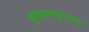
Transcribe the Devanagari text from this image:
बुरहानपुरच्या